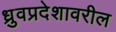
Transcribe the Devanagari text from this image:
ध्रुवप्रदेशावरील